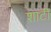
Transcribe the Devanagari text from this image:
शाटी